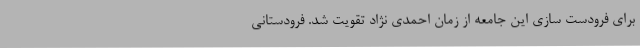
برای فرودست سازی این جامعه از زمان احمدی نژاد تقویت شد. فرودستانی